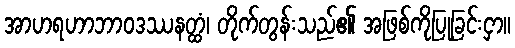
အာဟရဟာဘာဝဒဿနတ္ထံ၊ တိုက်တွန်းသည်၏ အဖြစ်ကိုပြုခြင်းငှာ။